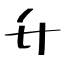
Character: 升